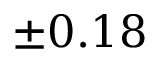
\pm 0 . 1 8